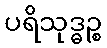
ပရိသုဒ္ဓဉ္စ